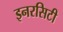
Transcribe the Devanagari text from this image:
इनरसिटी